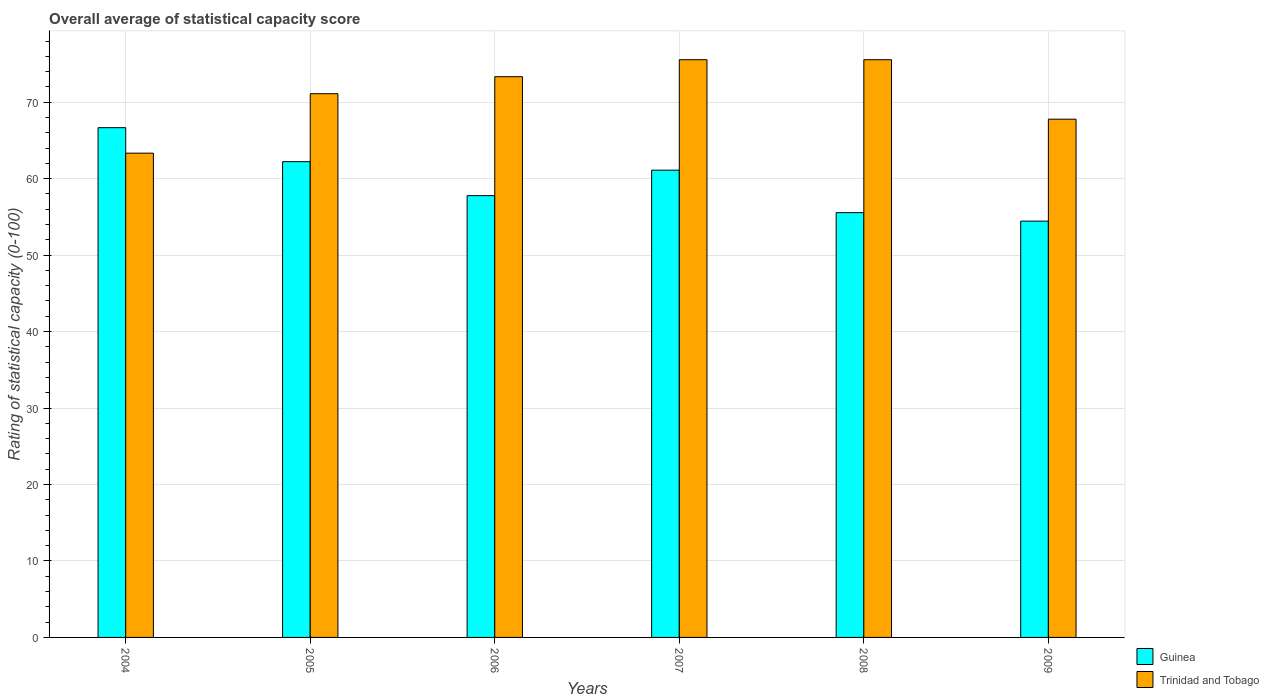
| Years | Guinea | Trinidad and Tobago |
 | --- | --- | --- |
 | 2004 | 66.7 | 63.3 |
 | 2005 | 62.2 | 71.1 |
 | 2006 | 57.8 | 73.3 |
 | 2007 | 61.1 | 75.6 |
 | 2008 | 55.6 | 75.6 |
 | 2009 | 54.4 | 67.8 |